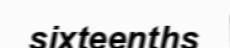
sixteenths